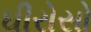
ઘીરોસો